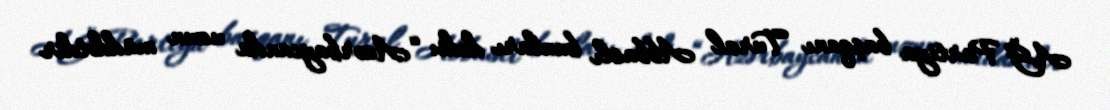
AĞ Partiya başqanı Tural Abbaslı bunları dedi: “Azərbaycanda uzun müddətdir